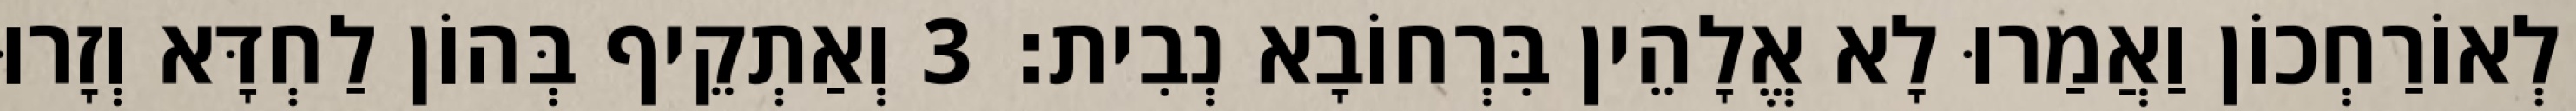
לְאוֹרַחְכוֹן וַאֲמַרוּ לָא אֱלָהֵין בִּרְחוֹבָא נְבִית׃ 3 וְאַתְקֵיף בְּהוֹן לַחְדָּא וְזָרוּ